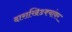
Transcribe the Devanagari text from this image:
दाराखिडक्यांवर